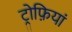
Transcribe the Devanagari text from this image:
ट्रोफ़ियां